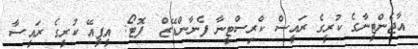
އާޖެންޓީނާގެ ކުރީގެ ރައީސް ކްރިސްޓީނާ ފެނާންޑޭޒް  ފޮޓޯ: އީޕީއޭ ކުރީގެ ރައީސާ